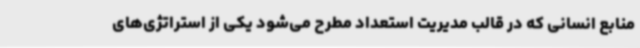
منابع انسانی که در قالب مدیریت استعداد مطرح می‌شود یکی از استراتژی‌های